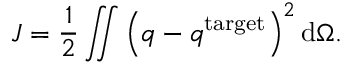
J = \frac { 1 } { 2 } \iint \left( q - q ^ { \mathrm { t a r g e t } } \right) ^ { 2 } \mathrm d \Omega .